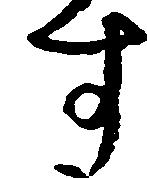
す